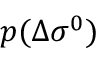
p ( \Delta \sigma ^ { 0 } )